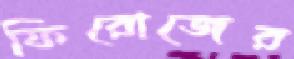
ফিরোজের